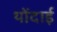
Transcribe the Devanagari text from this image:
थोंदाई